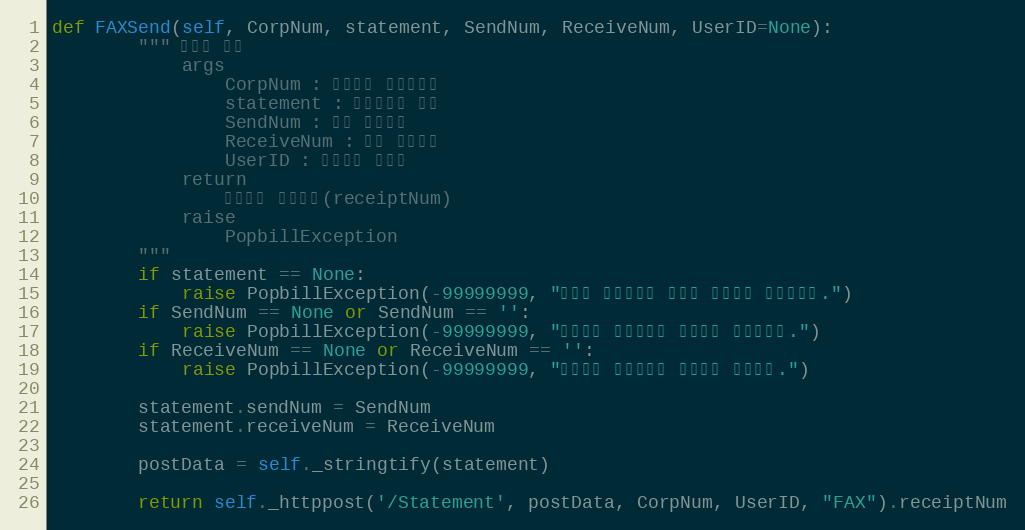
Language: Python
def FAXSend(self, CorpNum, statement, SendNum, ReceiveNum, UserID=None):
        """ 선팩스 전송
            args
                CorpNum : 팝빌회원 사업자번호
                statement : 전자명세서 객체
                SendNum : 팩스 발신번호
                ReceiveNum : 팩스 수신번호
                UserID : 팝빌회원 아이디
            return
                팩스전송 접수번호(receiptNum)
            raise
                PopbillException
        """
        if statement == None:
            raise PopbillException(-99999999, "전송할 전자명세서 정보가 입력되지 않았습니다.")
        if SendNum == None or SendNum == '':
            raise PopbillException(-99999999, "팩스전송 발신번호가 올바르지 않았습니다.")
        if ReceiveNum == None or ReceiveNum == '':
            raise PopbillException(-99999999, "팩스전송 수신번호가 올바르지 않습니다.")

        statement.sendNum = SendNum
        statement.receiveNum = ReceiveNum

        postData = self._stringtify(statement)

        return self._httppost('/Statement', postData, CorpNum, UserID, "FAX").receiptNum